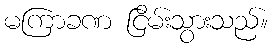
မကြာခဏ ငြိမ်းသွားသည်။